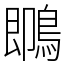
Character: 䳭